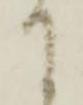
て